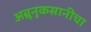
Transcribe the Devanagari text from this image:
अब्रूनुकसानीचा